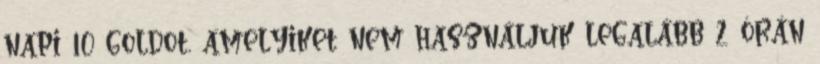
napi 10 goldot, amelyiket nem használjuk legalább 2 órán